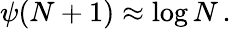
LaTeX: \psi(N+1)\approx\log N\, .